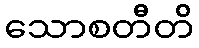
သောစတီတိ